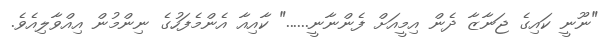
"ނޫނީ ކައިގެ ޖަނާޒާ ދެން އިމީއަށް ފެންނާނީ......" ކާއިއާ އެންމެފަހުގެ ނިންމުން އިއްވާލިއެވެ.